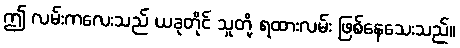
ဤ လမ်းကလေးသည် ယခုတိုင် သူတို့ ရထားလမ်း ဖြစ်နေသေးသည်။